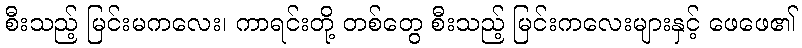
စီးသည့် မြင်းမကလေး၊ ကာရင်းတို့ တစ်တွေ စီးသည့် မြင်းကလေးများနှင့် ဖေဖေ၏